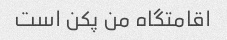
اقامتگاه من پکن است